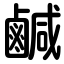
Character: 鹹